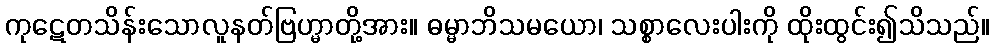
ကုဋေတသိန်းသောလူနတ်ဗြဟ္မာတို့အား။ ဓမ္မာဘိသမယော၊ သစ္စာလေးပါးကို ထိုးထွင်း၍သိသည်။